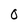
Character: 0